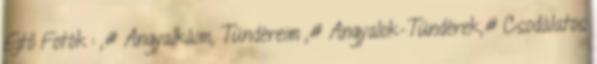
Ejtő Fotók : ,# Angyalkáim, Tündéreim ,# Angyalok-Tündérek,# Csodálatos